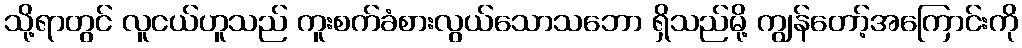
သို့ရာတွင် လူငယ်ဟူသည် ကူးစက်ခံစားလွယ်သောသဘော ရှိသည်မို့ ကျွန်တော့်အကြောင်းကို